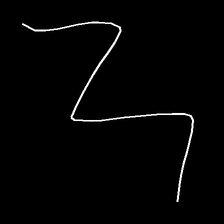
Glyph: crush